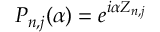
P _ { n , j } ( \alpha ) = e ^ { i \alpha Z _ { n , j } }